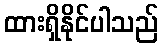
ထားရှိနိုင်ပါသည်